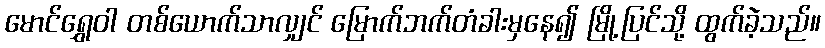
မောင်ရွှေဝါ တစ်ယောက်သာလျှင် မြောက်ဘက်တံခါးမှနေ၍ မြို့ပြင်သို့ ထွက်ခဲ့သည်။